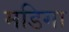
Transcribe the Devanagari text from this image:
मडिगा